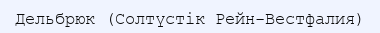
Дельбрюк (Солтүстік Рейн-Вестфалия)